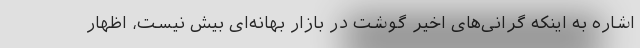
اشاره به اینکه گرانی‌های اخیر گوشت در بازار بهانه‌ای بیش نیست، اظهار